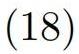
$(18)$